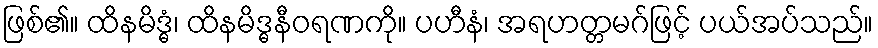
ဖြစ်၏။ ထိနမိဒ္ဓံ၊ ထိနမိဒ္ဓနီဝရဏကို။ ပဟီနံ၊ အရဟတ္တမဂ်ဖြင့် ပယ်အပ်သည်။